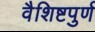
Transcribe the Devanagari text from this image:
वैशिष्टपुर्ण